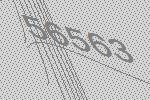
56563